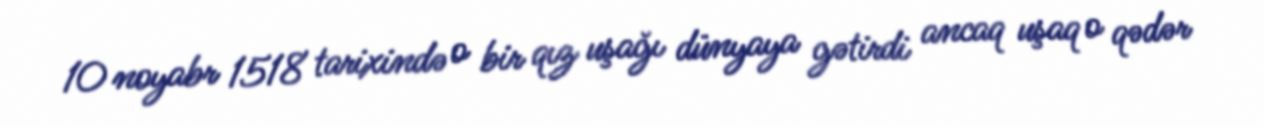
10 noyabr 1518 tarixində o bir qız uşağı dünyaya gətirdi ancaq uşaq o qədər